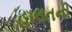
હાલતની